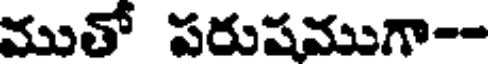
ముతో పరుషముగా--